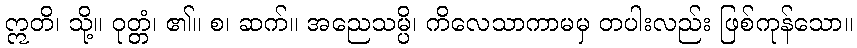
ဣတိ၊ သို့။ ဝုတ္တံ၊ ၏။ စ၊ ဆက်။ အညေသမ္ပိ၊ ကိလေသာကာမမှ တပါးလည်း ဖြစ်ကုန်သော။